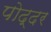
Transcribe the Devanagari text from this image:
पोद्दर